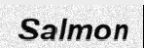
Salmon